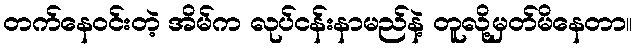
တက်နေဝင်းတဲ့ အိမ်က လုပ်ငန်းနာမည်နဲ့ တူလို့မှတ်မိနေတာ။